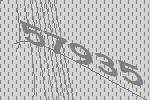
57935